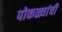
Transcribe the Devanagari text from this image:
पोकळ्यांची